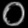
Digit: ၀